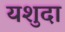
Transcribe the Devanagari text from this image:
यशुदा